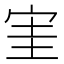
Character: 𡧩